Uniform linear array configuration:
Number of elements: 16
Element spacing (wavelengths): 0.25
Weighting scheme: binomial
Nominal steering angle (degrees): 15
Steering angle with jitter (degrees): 15.062
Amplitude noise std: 0.05
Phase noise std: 0.05

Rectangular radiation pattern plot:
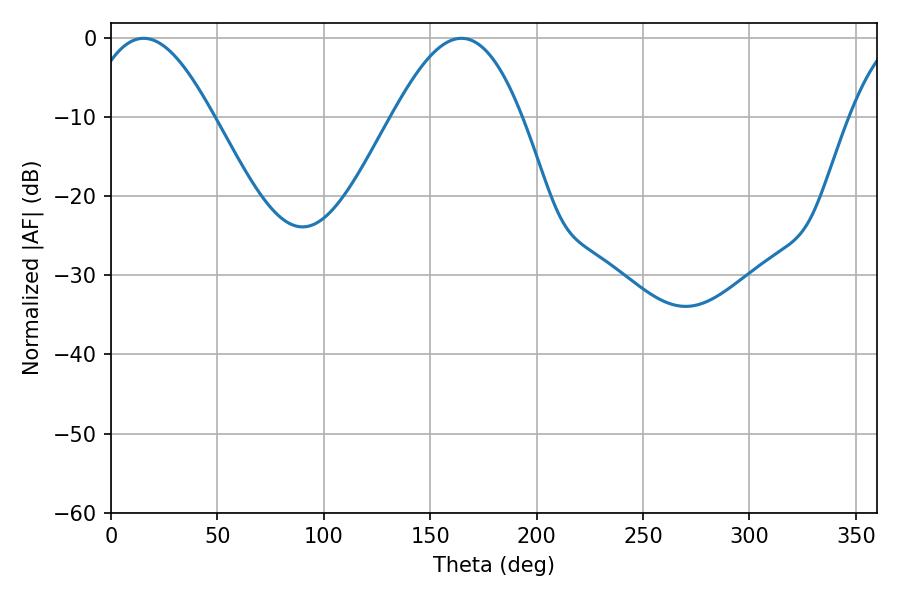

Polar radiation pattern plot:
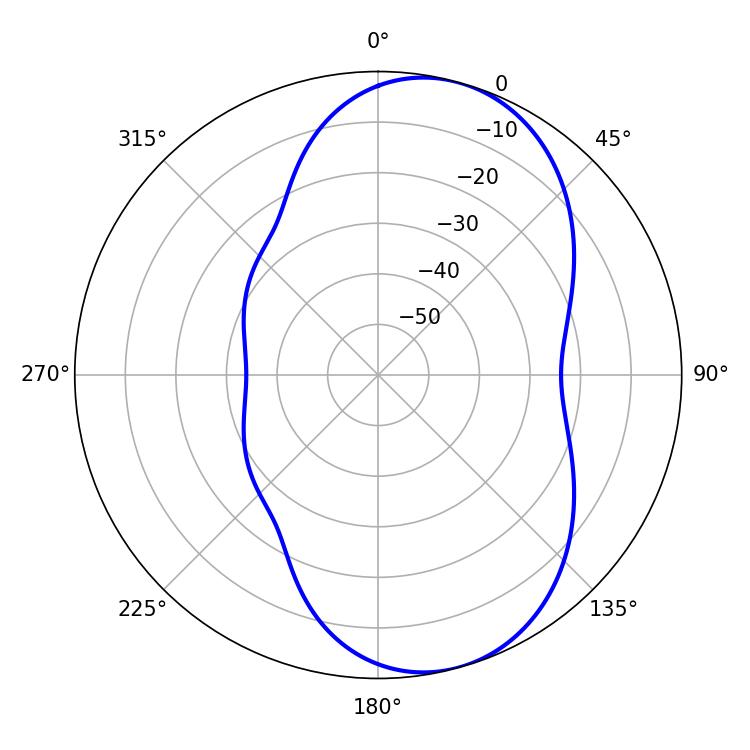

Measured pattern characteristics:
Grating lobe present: FALSE
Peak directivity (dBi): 7.525
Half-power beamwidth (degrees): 32.4
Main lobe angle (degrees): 15.3